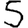
Digit: 5